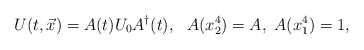
\begin{align*}U(t,\vec{x}) = A(t) U_0 A^\dagger(t),\ \ A(x_2^4)=A,\ A(x_1^4)=1, \end{align*}